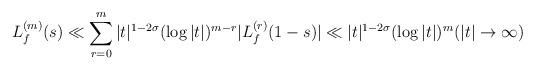
LaTeX: \begin{align*}L_f^{(m)}(s)\ll\sum_{r=0}^m|t|^{1-2\sigma}(\log|t|)^{m-r}|L_f^{(r)}(1-s)|\ll|t|^{1-2\sigma}(\log|t|)^m (|t|\to\infty) \end{align*}